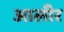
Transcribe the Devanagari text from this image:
आलीर